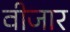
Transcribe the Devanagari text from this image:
वीजार